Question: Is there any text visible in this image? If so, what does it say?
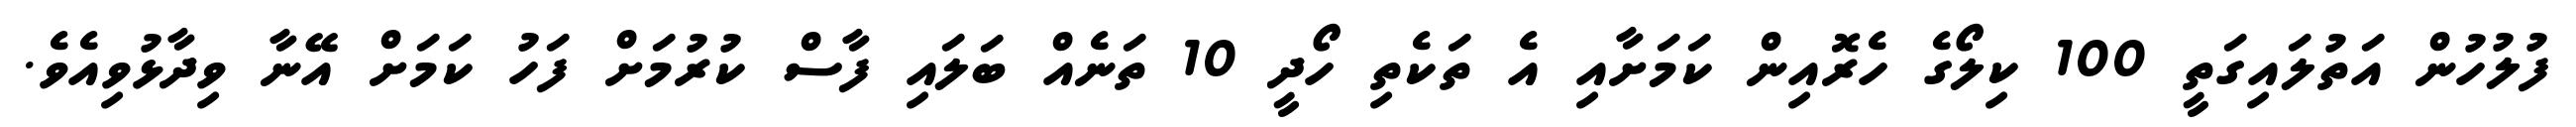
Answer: ފުލުހުން އަތުލައިގަތީ 100 ކިލޯގެ ހެރޮއިން ކަމަށާއި އެ ތަކެތި ހޯދީ 10 ތަނެއް ބަލައި ފާސް ކުރުމަށް ފަހު ކަމަށް އޭނާ ވިދާޅުވިއެވެ.